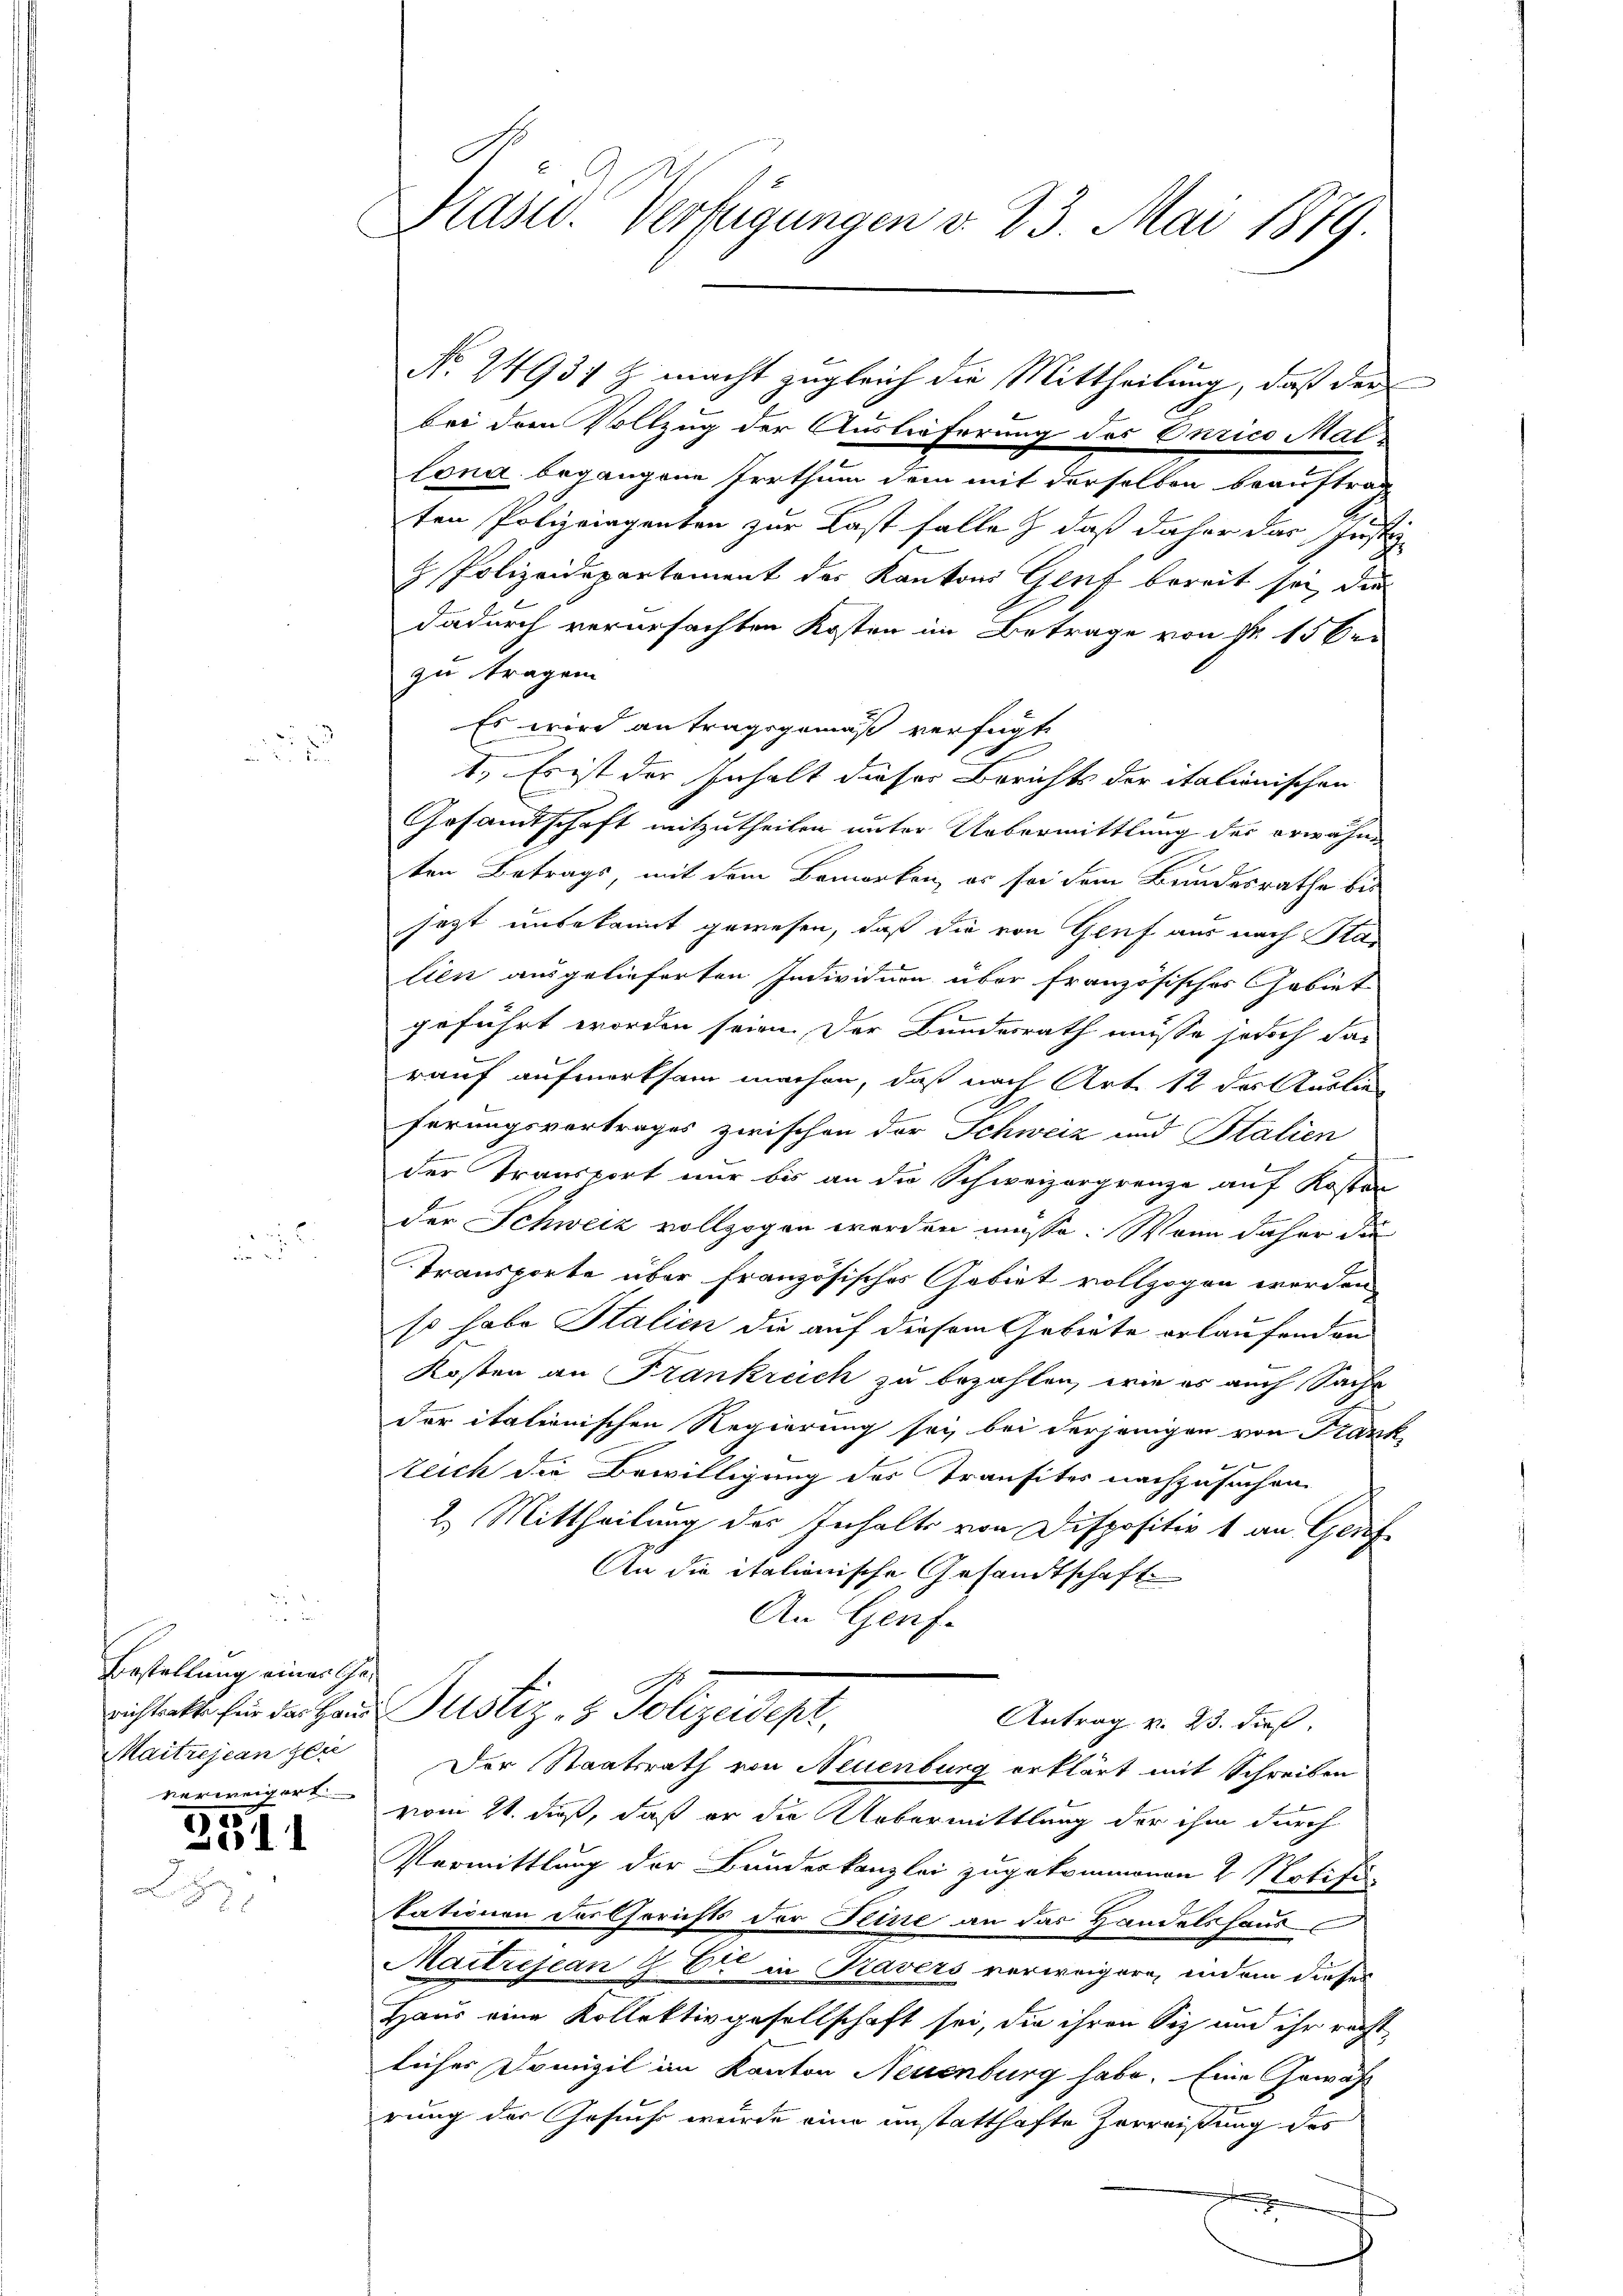
r
Bestellung eines Gerichtsakte für das Haus¬
Maitrejean zei
verweigert.

351

Krass. Verfügungen v. 23. Mai 1879.

bei dem Vollzug der Auslieferung des Curico Mallona begangene Irrthum dem mit derselben beauftrag
ten Polizeigenten zur Last falle & daß daher das Justiz
H. Polizeidepartement des Kantons Gent bereit sei, die
dadurch verursachten Kosten im Betrage von Nr. 15 be
zu tragen
Es wird antragsgemäß verfügt
1.) Es ist der Inhalt dieser Berichts der italionischen
Gesamtschaft mitzutheilen unter Uebermittlung des erwähne
ten Betrags, mit dem Bemerken, es sei dem Bundesrathe bis
jezt unbekannt gewesen, daß die von Gluf aus nach Stan
lien ausgelieferten Individuen aber französisches Gebiet
geführt worden seien. Der Bundesrath müsse jedoch darauf aufmerksam machen, daß nach Art. 12 des Auslie
b
ferungsvortrages zwischen der Schweiz und Stalien
der Transport nur bis an die Schweizergrenze auf Kosten
der Schweiz vollzogen werden müsse. Wenn daher die
Transporte über französisches Gebiet vollzogen werden
so habe Stalien die auf diesem Gebiete erlaufenden
Kosten an Frankreich zu bezahlen, wie es auch Sache
der italienischen Regierung sei, bei derjenigen von Frankteich die Bewilligung des Transites nachzusuchen,
2. Mittheilung des Inhalte von Dispositiv 1 an Geric
An die italienische Gesandtschaft
An Genf.
Justiz- & Polizeidest.
Antrag v. 23. dieß.
Der Staatsrath von Neuenburg erklärt mit Schreiben
vom 21. dieß, daß er die Uebermittlung der ihm durch
Vermittlung der Bundeskanzlei zugekommenen 2 Notifi
kationen der Gerichts der Seine an das Handelshaus
Maitrejean G. Er in Travers verweigere, indem dieses
Haus eine Kollektivgesellschaft sei, die ihren Siz und ihr recht
liches Domizil im Kanton Neuenburg habe. Eine Gewähl
rung der Gesuchs wurde eine unstatthafte Zerreißung des

N. 24937 Z. macht zugleich die Mittheilung, daß der